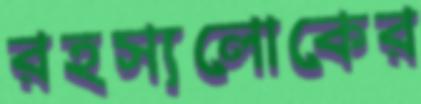
রহস্যলোকের